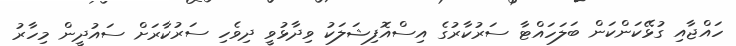
ހައްޖާއި ގުޅޭކަންކަން ބަލަހައްޓާ ސަރުކާރުގެ އިސްއޮފިޝަލަކު ވިދާޅުވީ ދިވެހި ސަރުކާރަށް ސައުދީން މިހާރު